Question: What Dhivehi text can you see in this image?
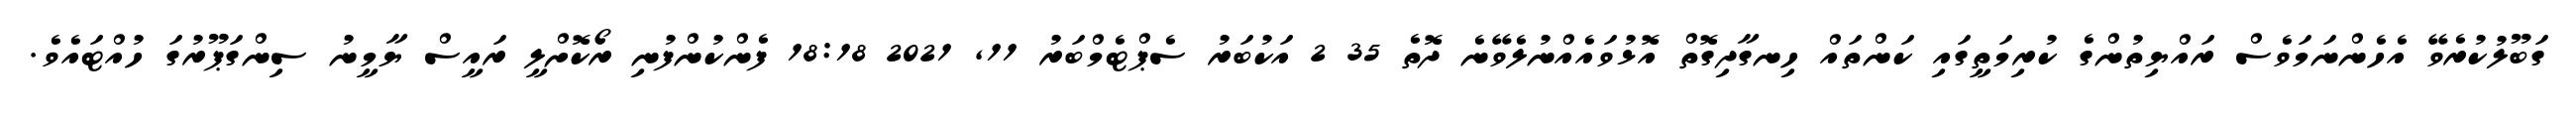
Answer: ގަބޫލުކުރެވޭ އެހެންނަމަވެސް ރައްޔިތުންގެ ކުރިމަތީގައި ކަންތައް ހިނގާދިގޮތް އޮޅުވައެއްނުލެވޭނެ ދޮތެ 35 2 އަކުބަރު ސެޕްޓެމްބަރު 11, 2021 18:18 ފެންކުންފުނި ރޯކޮށްލީ ރައީސް ޔާމީނު ސިންގަޕޫރުގަ ހުއްޓައެވެ.